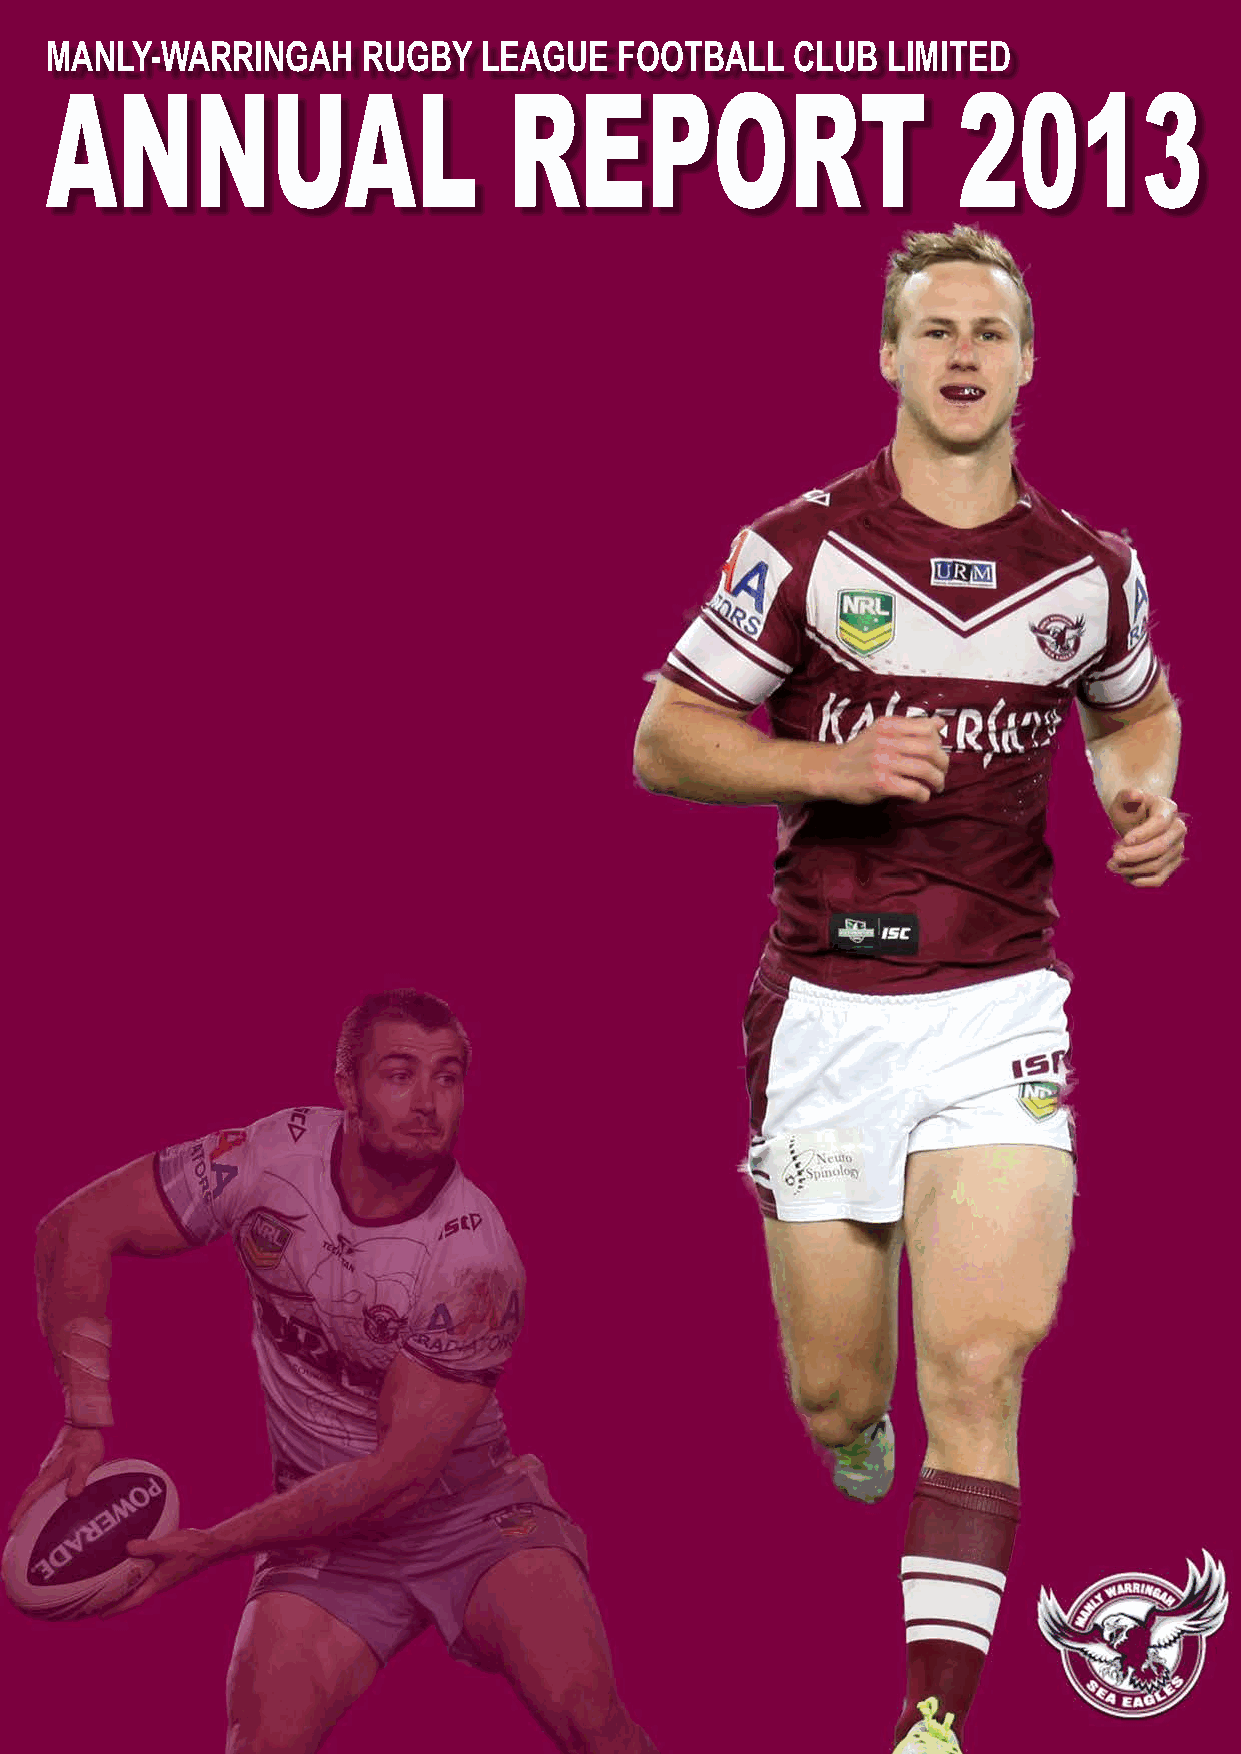
MANLY-WARRINGAH      RUGBY   LEAGUE   FOOTBALL    CLUB  LIMITED
 ANNUAL                         REPORT                       2013